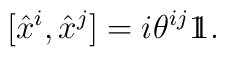
[\hat{x}^{i},\hat{x}^{j}]=i\theta^{ij}{\rlap{1} \hskip 1.6pt\hbox{1}}.